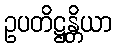
ဥပတိဋ္ဌန္တိယာ